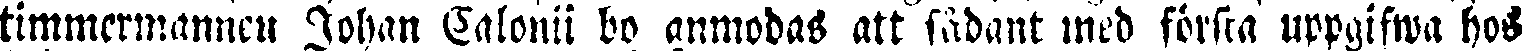
timmermannen Johan Calonii bo anmodas att sådant med första uppgifwa hos